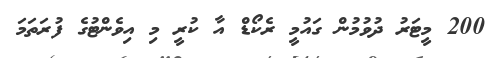
200 މީޓަރު ދުވުމުން ގައުމީ ރެކޯޑް އާ ކުރީ މި އިވެންޓުގެ ފުރަތަމަ